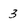
Character: 3